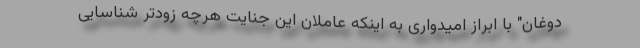
دوغان" با ابراز امیدواری به اینکه عاملان این جنایت هرچه زودتر شناسایی